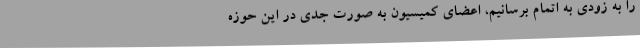
را به زودی به اتمام برسانیم، اعضای کمیسیون به صورت جدی در این حوزه